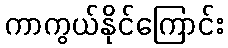
ကာကွယ်နိုင်ကြောင်း